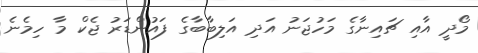
މޯދީ އާއި ޗައިނާގެ މަހުޖަނު އަދި އަލިބާބާގެ ފައުންޑަރު ޖެކް މާ ހިމެނެ